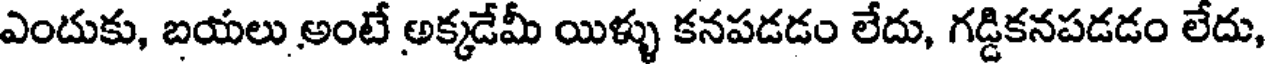
ఎందుకు, బయలు అంటే అక్కడేమీ యిళ్ళు కనపడడం లేదు, గడ్డికనపడడం లేదు,